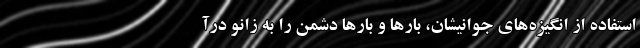
استفاده از انگیزه‌های جوانیشان، بارها و بارها دشمن را به زانو درآ